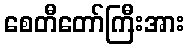
စေတီတော်ကြီးအား